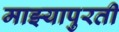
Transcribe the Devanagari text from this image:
माझ्यापुरती